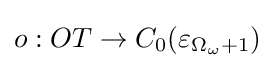
o:OT\rightarrow C_{0}(\varepsilon _{\Omega _{\omega }+1})